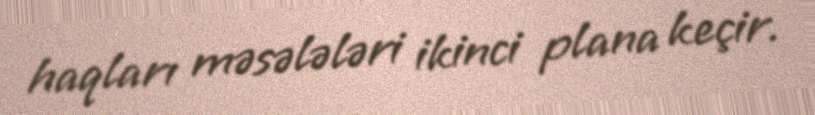
haqları məsələləri ikinci plana keçir.